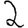
Digit: 2